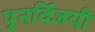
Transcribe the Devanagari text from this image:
पुनर्विजयी